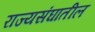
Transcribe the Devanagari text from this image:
राज्यसंघातील